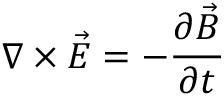
\nabla \times \Vec { E } = - \frac { \partial \Vec { B } } { \partial t }